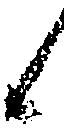
候